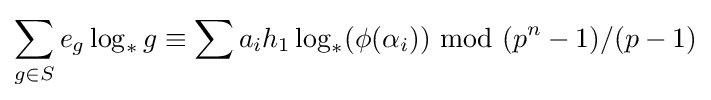
\sum _{g\in S}e_{g}\log _{*}g\equiv \sum a_{i}h_{1}\log _{*}(\phi (\alpha _{i})){\text{ mod }}(p^{n}-1)/(p-1)